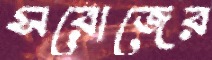
সরোজের